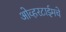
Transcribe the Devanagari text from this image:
ओव्हरटाईमचे